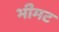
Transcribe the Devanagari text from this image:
भीमट